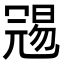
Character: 𠖞